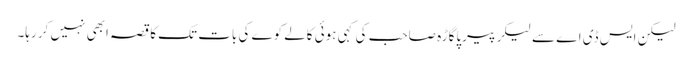
لیکن ایس ڈی اے سے لیکر پیرپاگاڑہ صاحب کی کہی ہوئی کالے کوے کی بات تک کا قصہ ابھی نہیں کر رہا۔